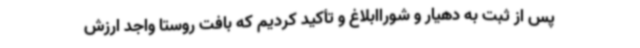
پس از ثبت به دهیار و شوراابلاغ و تأکید ‌کردیم که بافت روستا واجد ارزش